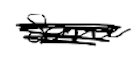
Text: some
Cross-out: scratch
Writing tool: digital_black